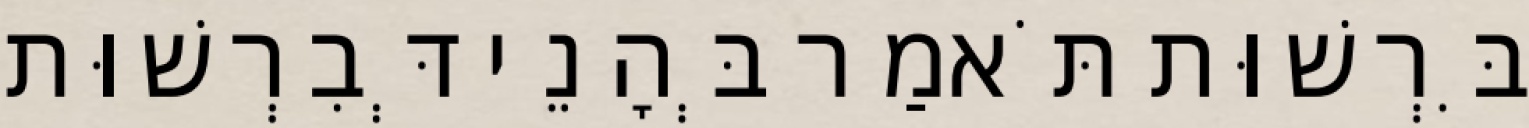
בִּרְשׁוּת תֹּאמַר בְּהָנֵי דְּבִרְשׁוּת